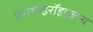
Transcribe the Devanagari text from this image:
पेराथाइरॉइडजन्य